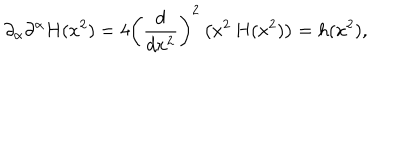
\partial _ { \alpha } \partial ^ { \alpha } H ( x ^ { 2 } ) = 4 \left( { \frac { d } { d x ^ { 2 } } } \right) ^ { 2 } \left( x ^ { 2 } \, H ( x ^ { 2 } ) \right) = h ( x ^ { 2 } ) ,